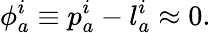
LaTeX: \phi_{a}^{i}\equiv p_{a}^{i}-l_{a}^{i}\approx 0.